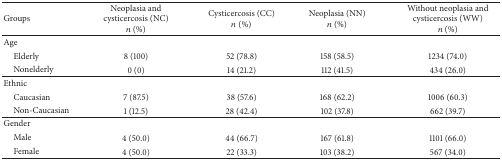
<table><thead><tr><td><b>Groups</b></td><td><b>Neoplasia and cysticercosis (NC) <i>n</i> (%)</b></td><td><b>Cysticercosis (CC) <i>n</i> (%)</b></td><td><b>Neoplasia (NN) <i>n</i> (%)</b></td><td><b>Without neoplasia and cysticercosis (WW) <i>n</i> (%)</b></td></tr></thead><tbody><tr><td>Age</td><td> </td><td> </td><td> </td><td> </td></tr><tr><td> Elderly</td><td>8 (100)</td><td>52 (78.8)</td><td>158 (58.5)</td><td>1234 (74.0)</td></tr><tr><td> Nonelderly</td><td>0 (0)</td><td>14 (21.2)</td><td>112 (41.5)</td><td>434 (26.0)</td></tr><tr><td>Ethnic</td><td> </td><td> </td><td> </td><td> </td></tr><tr><td> Caucasian</td><td>7 (87.5)</td><td>38 (57.6)</td><td>168 (62.2)</td><td>1006 (60.3)</td></tr><tr><td> Non-Caucasian</td><td>1 (12.5)</td><td>28 (42.4)</td><td>102 (37.8)</td><td>662 (39.7)</td></tr><tr><td>Gender</td><td> </td><td> </td><td> </td><td> </td></tr><tr><td> Male</td><td>4 (50.0)</td><td>44 (66.7)</td><td>167 (61.8)</td><td>1101 (66.0)</td></tr><tr><td> Female</td><td>4 (50.0)</td><td>22 (33.3)</td><td>103 (38.2)</td><td>567 (34.0)</td></tr></tbody></table>